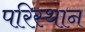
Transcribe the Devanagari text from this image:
परिस्थान